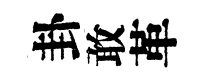
卦敢革